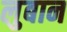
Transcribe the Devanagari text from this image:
लुबान